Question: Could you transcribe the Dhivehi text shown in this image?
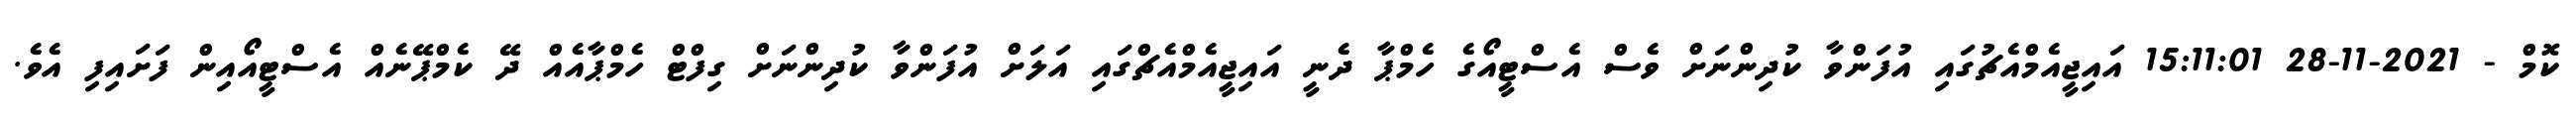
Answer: ކޮމް - 2021-11-28 15:11:01 އައިޖީއެމްއެޗުގައި އުފަންވާ ކުދިންނަށް ވެސް އެސްޓީއޯގެ ހެމްޕާ ދެނީ އައިޖީއެމްއެޗްގައި އަލަށް އުފަންވާ ކުދިންނަށް ގިފްޓް ހެމްޕާއެއް ދޭ ކެމްޕޭނެއް އެސްޓީއޯއިން ފަށައިފި އެވެ.